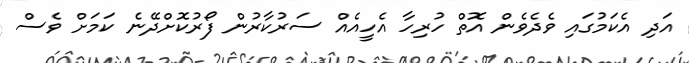
އަދި އެކަމުގައި ވެދެވެން އޮތް ހުރިހާ އެހީއެއް ސަރުކާރުން ފޯރުކޮށްދޭނެ ކަމަށް ވެސް